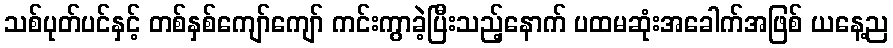
သစ်ပုတ်ပင်နှင့် တစ်နှစ်ကျော်ကျော် ကင်းကွာခဲ့ပြီးသည့်နောက် ပထမဆုံးအခေါက်အဖြစ် ယနေ့ည